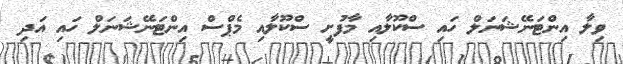
ވިލާ އިންޓަނޭޝަނަލް ހައި ސްކޫލާއި މާފުށީ ސްކޫލާއި މެޕްސް އިންޓަނޭޝަނަލް ހައި އަދި